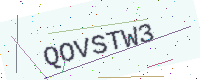
Text: QOVSTW3